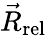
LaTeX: {\vec{R}_{\mathrm{rel}}}